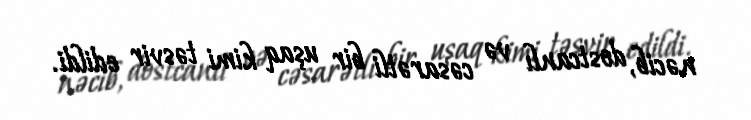
nəcib, dostcanlı və cəsarətli bir uşaq kimi təsvir edildi.